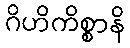
ဂိဟိကိစ္စာနိ